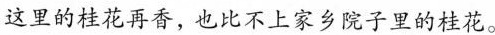
这里的桂花再香，也比不上家乡院子里的桂花。